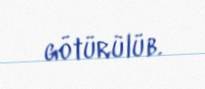
götürülüb.